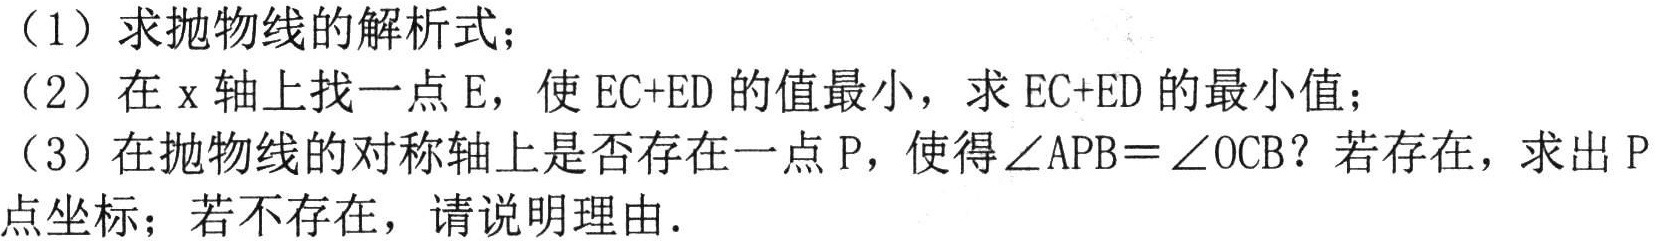
（1）求抛物线的解析式；
（2）在\(x\)轴上找一点\(E\)，使\(EC + ED\)的值最小，求\(EC + ED\)的最小值；
（3）在抛物线的对称轴上是否存在一点\(P\)，使得\(\angle APB=\angle OCB\)？若存在，求出\(P\)点坐标；若不存在，请说明理由.